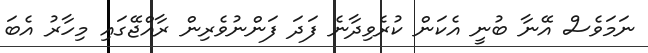
ނަމަވެސް އޭނާ ބުނީ އެކަން ކުރެވިދާނެ ފަދަ ފަންނުވެރިން ރާއްޖޭގައި މިހާރު އެބަ